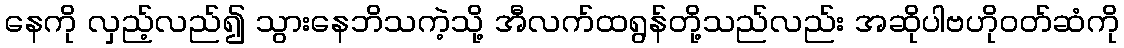
နေကို လှည့်လည်၍ သွားနေဘိသကဲ့သို့ အီလက်ထရွန်တို့သည်လည်း အဆိုပါဗဟိုဝတ်ဆံကို